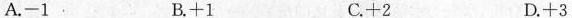
A.-1 B.+1 C.+2 D.+3